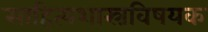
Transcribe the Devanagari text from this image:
साहित्यशास्त्रविषयक